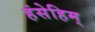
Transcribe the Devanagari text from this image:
हंसेहिम्‌